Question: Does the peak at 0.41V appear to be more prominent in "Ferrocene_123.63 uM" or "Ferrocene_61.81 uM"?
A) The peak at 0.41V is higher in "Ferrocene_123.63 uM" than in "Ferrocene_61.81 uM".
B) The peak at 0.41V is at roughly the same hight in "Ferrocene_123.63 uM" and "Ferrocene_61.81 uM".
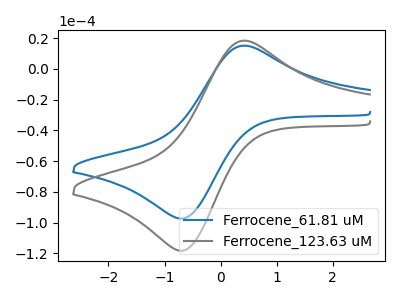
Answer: <think>The blue curve "Ferrocene_61.81 uM" has an anodic peak at (0.40V, 15.10uA) and a cathodic peak at (-0.70V, -97.35uA). The gray curve "Ferrocene_123.63 uM" has an anodic peak at (0.40V, 18.30uA) and a cathodic peak at (-0.70V, -118.25uA).</think>
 <answer>A) The peak at 0.41V is higher in "Ferrocene_123.63 uM" than in "Ferrocene_61.81 uM".</answer>
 <eval>A</eval>